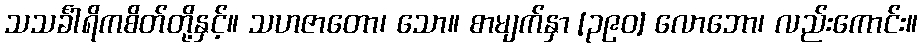
သသင်္ခါရိကစိတ်တို့နှင့်။ သဟဇာတော၊ သော။ စာမျက်နှာ [၃၉၀] လောဘော၊ လည်းကောင်း။